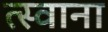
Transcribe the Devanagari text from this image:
त्स्वाना